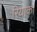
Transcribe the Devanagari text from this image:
रियाका